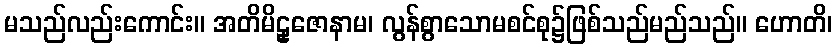
မသည်လည်းကောင်း။ အတိမိဠှဇောနာမ၊ လွန်စွာသောမစင်စု၌ဖြစ်သည်မည်သည်။ ဟောတိ၊